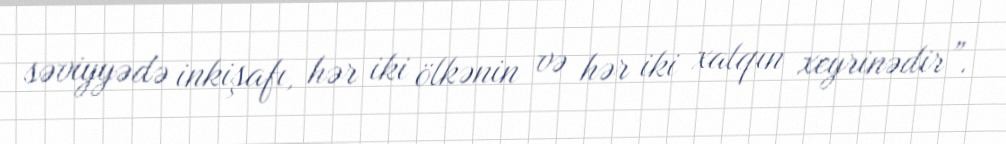
səviyyədə inkişafı, hər iki ölkənin və hər iki xalqın xeyrinədir”.